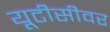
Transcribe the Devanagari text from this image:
यूटीसीवर